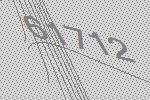
61712